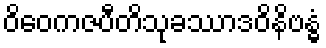
ဝိဝေကဇပီတိသုခဿာဒဝိနိဗန္ဓံ